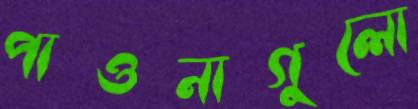
পাওনাগুলো